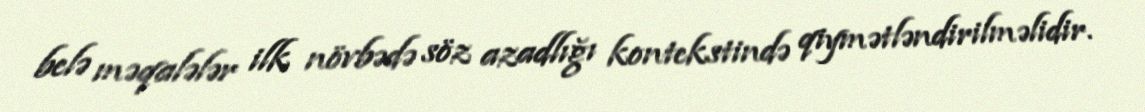
belə məqalələr ilk növbədə söz azadlığı kontekstində qiymətləndirilməlidir.